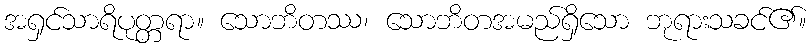
အရှင်သာရိပုတ္တရာ။ သောဘိတဿ၊ သောဘိတအမည်ရှိသော ဘုရားသခင်၏။